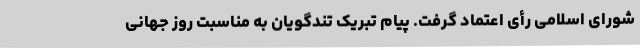
شورای اسلامی رأی اعتماد گرفت. پیام تبریک تندگویان به مناسبت روز جهانی